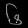
Digit: ၆